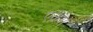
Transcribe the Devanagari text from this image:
एक्नेस